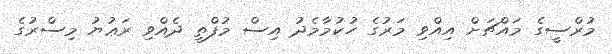
މުރްސީގެ މައްޗަށް އިއްވި މަރުގެ ހުކުމާމެދު އިސް މުފްތީ ދެއްވި ރަޢުޔު މިސްރުގެ